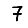
Digit: 7